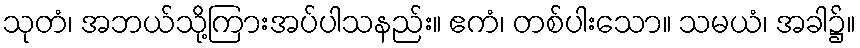
သုတံ၊ အဘယ်သို့ကြားအပ်ပါသနည်း။ ဧကံ၊ တစ်ပါးသော။ သမယံ၊ အခါ၌။